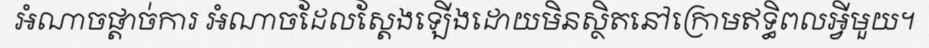
អំណាចផ្តាច់ការ អំណាចដែលស្តែងឡើងដោយមិនស្ថិតនៅក្រោមឥទ្ធិពលអ្វីមួយ។